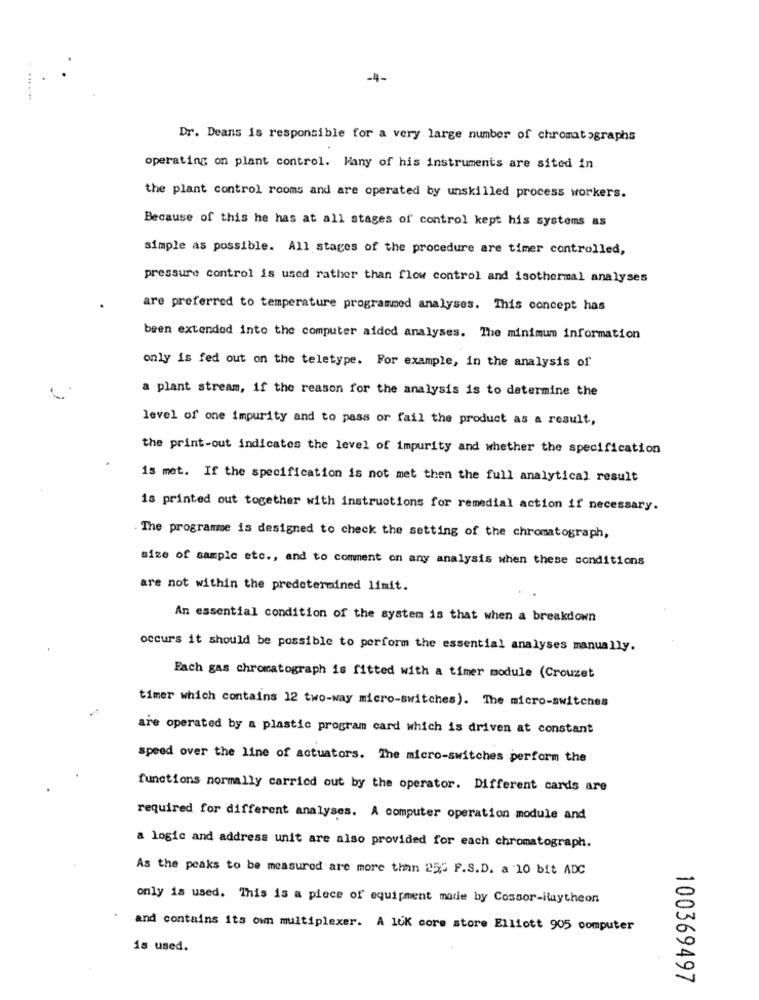
-4-
. .......
Dr. Deans is responsible for a very large number of chromatographs
operating on plant control. Many of his instruments are sited in
the plant control rooms and are operated by unskilled process workers.
Because of this he has at all stages of control kept his systems as
simple as possible. All stages of the procedure are timer controlled,
pressure control is used rather than flow control and isothermal analyses
are preferred to temperature programmed analyses. This concept has
been extended into the computer aided analyses. The minimum information
only is fed out on the teletype. For example, in the analysis of
a plant stream, if the reason for the analysis is to determine the
level of one impurity and to pass or fail the product as a result,
the print-out indicates the level of impurity and whether the specification
is met. If the specification is not met then the full analytical result
is printed out together with instructions for remedial action if necessary.
. The programme is designed to check the setting of the chromatograph,
size of sample etc ., and to comment on any analysis when these conditions
are not within the predetermined limit.
An essential condition of the system is that when a breakdown
occurs it should be possible to perform the essential analyses manually.
Each gas chromatograph is fitted with a timer module (Crouzet
timer which contains 12 two-way micro-switches). The micro-switches
are operated by a plastic program card which is driven at constant
speed over the line of actuators. The micro-switches perform the
functions normally carried out by the operator. Different cards are
required for different analyses. A computer operation module and
a logic and address unit are also provided for each chromatograph.
As the peaks to be measured are more than 25% F.S.D. a 10 bit ADC
only is used. This is a piece of equipment made by Cossor-iwuytheon
and contains its own multiplexer. A lok core store Elliott 905 computer
is used.
100369497